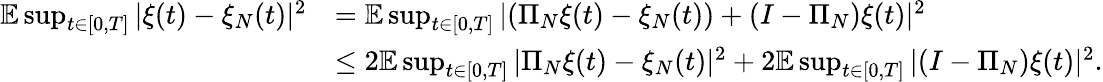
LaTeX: \begin{array}{rl}{\mathbb{E}\operatorname*{sup}_{t\in[0,T]}|\xi(t)-\xi_{N}(t)|^{2}}&{=\mathbb{E}\operatorname*{sup}_{t\in[0,T]}|(\Pi_{N}\xi(t)-\xi_{N}(t))+(I-\Pi_{N})\xi(t)|^{2}}\\ &{\leq 2\mathbb{E}\operatorname*{sup}_{t\in[0,T]}|\Pi_{N}\xi(t)-\xi_{N}(t)|^{2}+2\mathbb{E}\operatorname*{sup}_{t\in[0,T]}|(I-\Pi_{N})\xi(t)|^{2}.}\end{array}